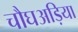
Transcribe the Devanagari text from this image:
चौघअड़िया